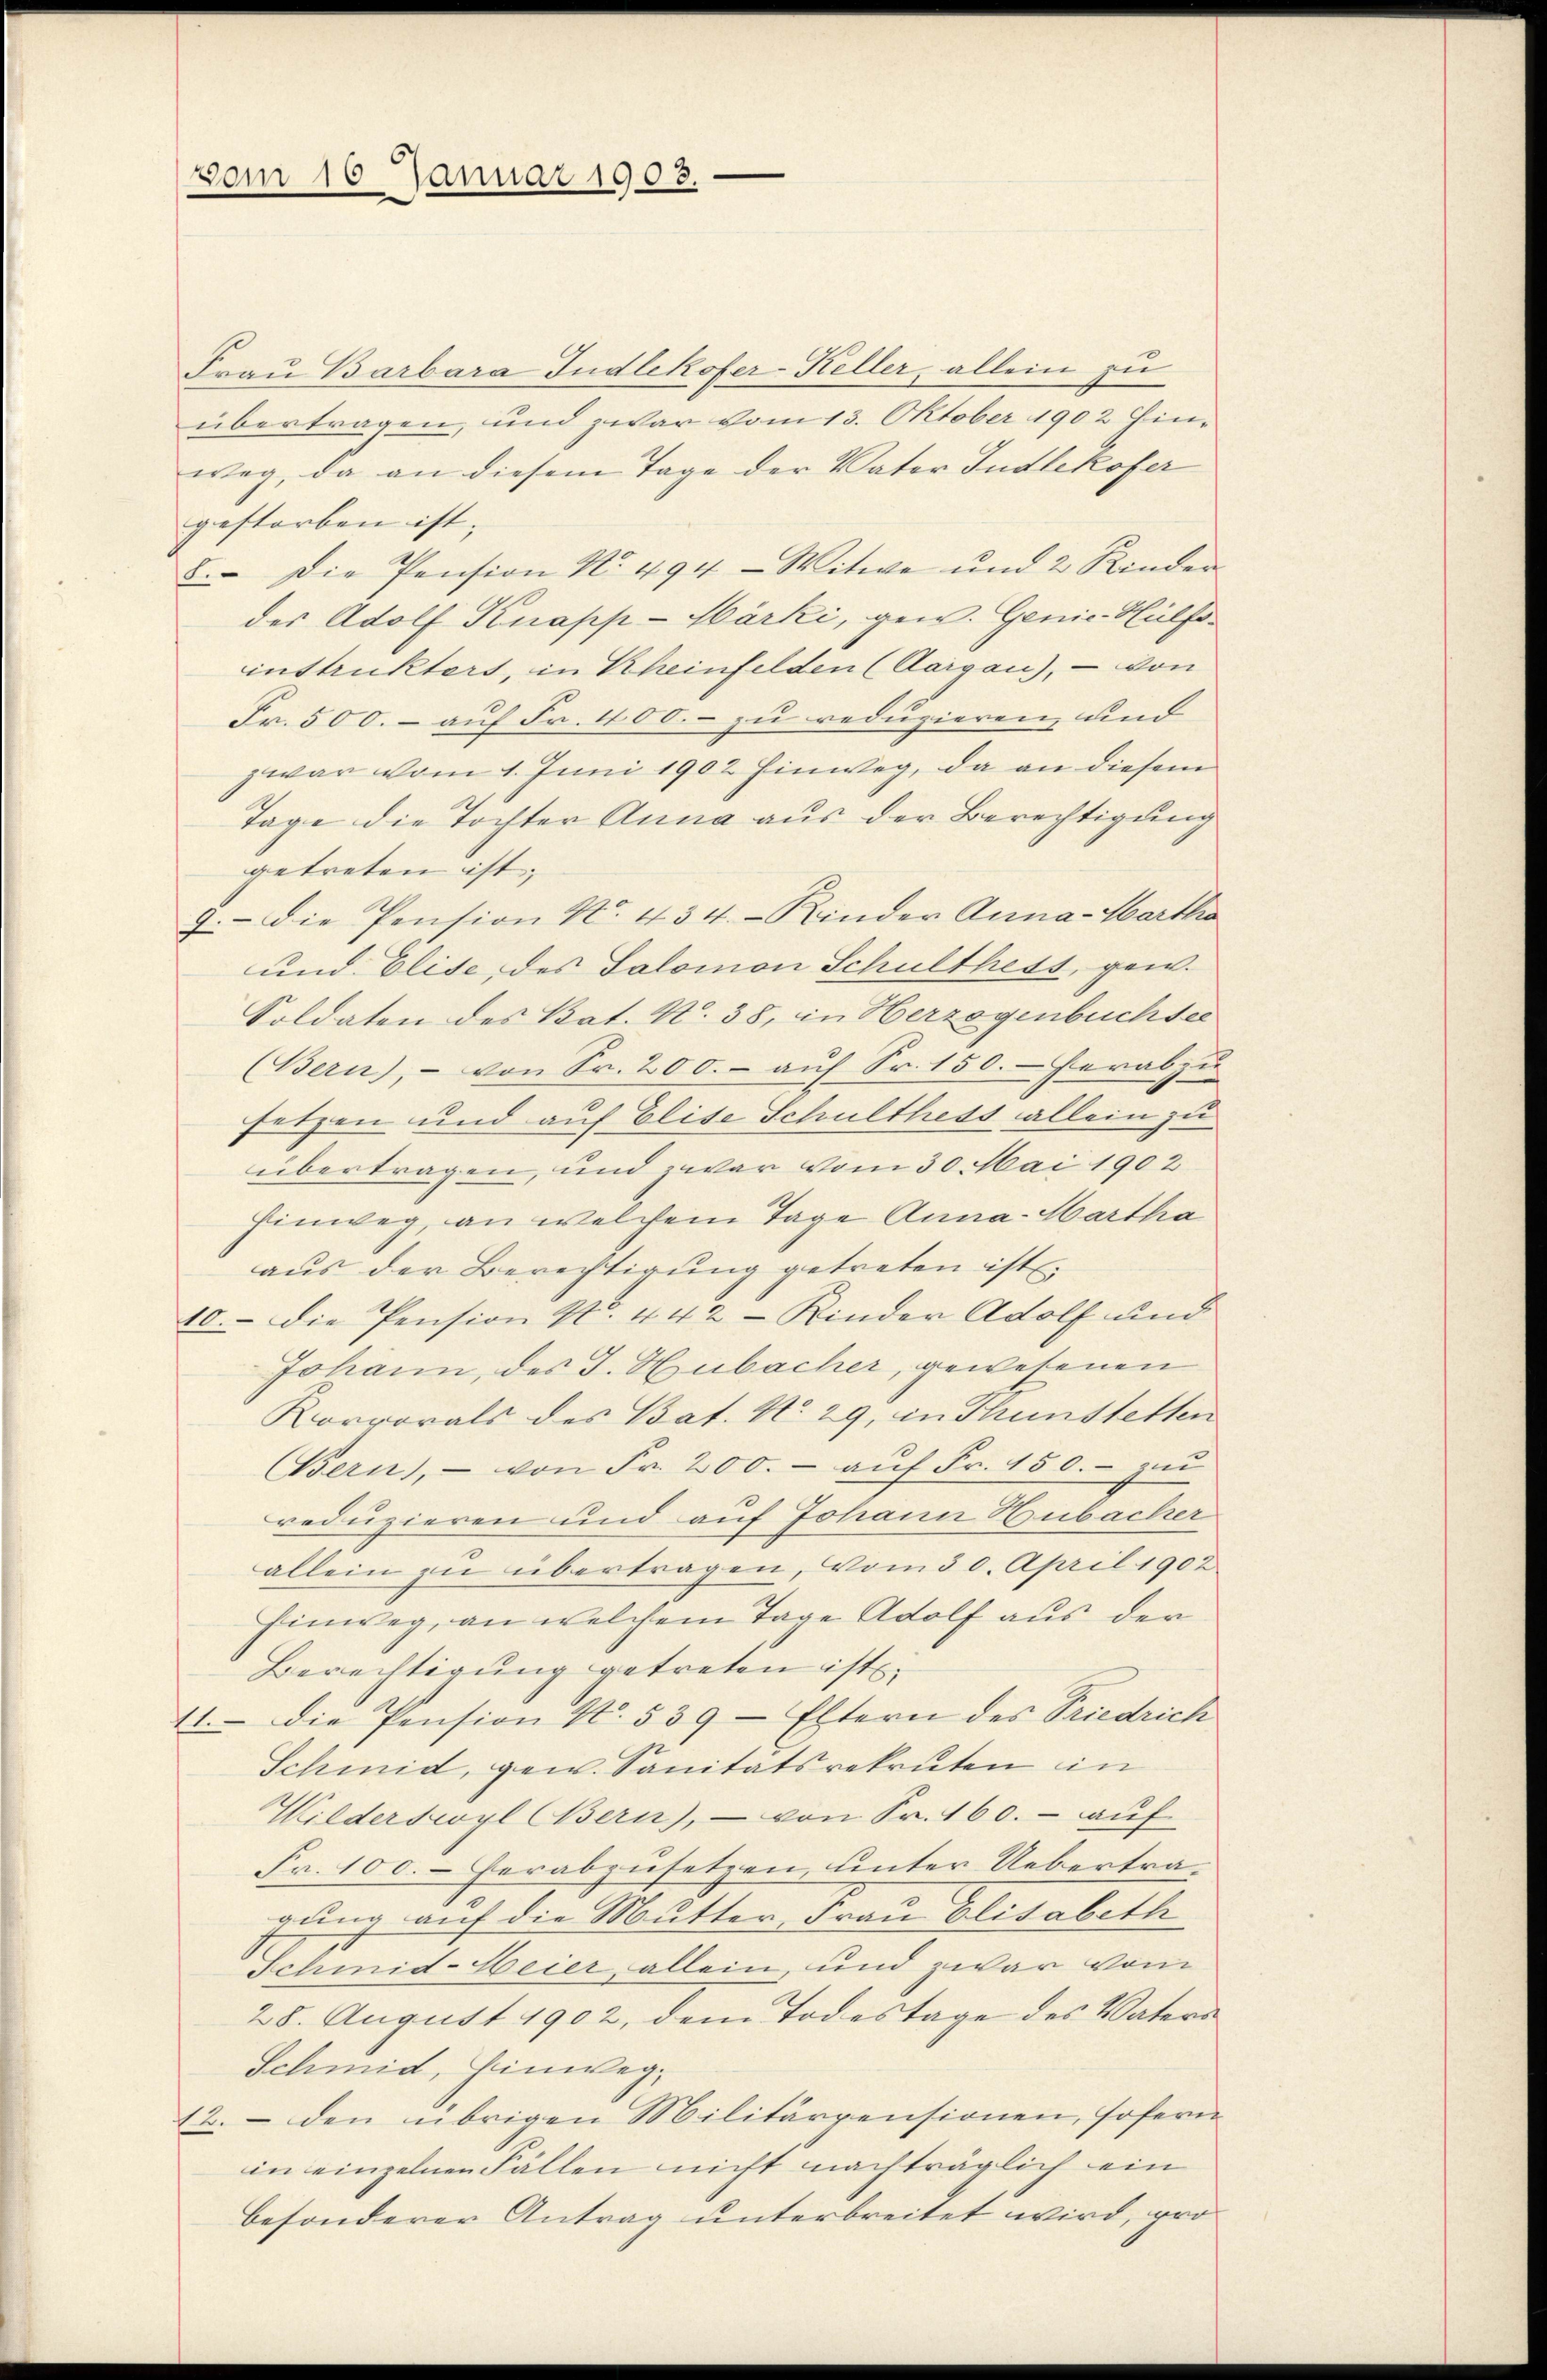
vom 16 Januar 1903.

Frau Barbara Tudlikofer-Keller, allein zu
übertragen, und zwar vom 13. Oktober 1902 Einweg, da an diesem Tage der Vater Judlikofer
gestorben ist,
8. Die Pension No. 494- Witwe und 2 Kinder
des Adolf Knapp-Märki, gew. Genie-Hülfsinstrukters, in Kheinfelden (Aargau), - von
Fr. 500.- auf Fr. 400.- zu reduzieren, und
zwar vom 1. Juni 1902 Einweg, da an diesem
Tage die Tochter Anna aus der Berechtigung
getreten ist;
9.- Die Pension No. 434.- Kinder Anna-Wartha
und Elise des Salomon Schulthess, gew.
Soldaten des Bat. N. 38, in Herzogenbüchsee
(Bern), - von Sr. 200.- aŭf Sr. 150.- herabzu
setzen und auf Elise Schulthess allein zu
übertragen, und zwar vom 30. Mai 1902
Einweg, an welchem Tage Anna Martha
aus der Berechtigung getreten ist.
10. die Pension No. 442 - Kinder Adolf und
Johann, des J. Hubacher, gewesenen
Korrorals des Bat. No. 29, in Thunstetten
Bern), - von Fr. 200.- aŭf Fr. 150.- zŭ
reduzieren und auf Johann Hubacher
allein zu übertragen, vom 30. April 1902
Einweg, an welchem Tage Adolf aus der
Berechtigung getreten ist,
11. die Pension No. 539 - Eltern des Friedrich
Schmid, gew. Sanitätsrekruten in
Wilderswyl Bern), - von Fr. 160. - auf
Fr. 100. herabzusetzen, unter Uebertragung auf die Mutter Frau Elisabeth
Schmid-Meier allein, und zwar vom
28. August 1902, dem Todestage des Vaters
Schmid, Hinweg,
12. den übrigen Militärpensionen, sofern
in einzelnen Fällen nicht nachträglich ein
besonderer Antrag unterbreitet wird, pro¬